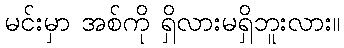
မင်းမှာ အစ်ကို ရှိလားမရှိဘူးလား။